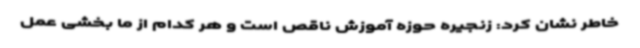
خاطر نشان کرد: زنجیره حوزه آموزش ناقص است و هر کدام از ما بخشی عمل